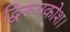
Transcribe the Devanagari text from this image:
द्विरूपकोश।